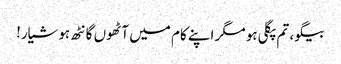
بیگو، تم پگلی ہو مگر اپنے کام میں آٹھوں گانٹھ ہوشیار!